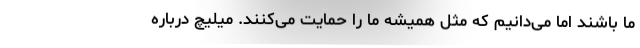
ما باشند اما می‌دانیم که مثل همیشه ما را حمایت می‌کنند. میلیچ درباره